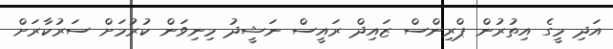
އަދި މީގެ އިތުރުން ޕްރިންސް ޒައިދް ރައީސް ނަޝީދު މިނިވަން ކުރުމަށް ސަރުކާރަށް